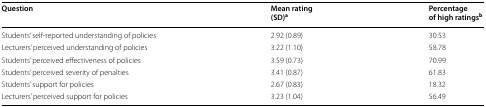
| Question | Mean rating (SD)a | Percentage of high ratingsb |
 | --- | --- | --- |
 | Students’ self-reported understanding of policies | 2.92 (0.89) | 30.53 |
 | Lecturers’ perceived understanding of policies | 3.22 (1.10) | 58.78 |
 | Students’ perceived effectiveness of policies | 3.59 (0.73) | 70.99 |
 | Students’ perceived severity of penalties | 3.41 (0.87) | 61.83 |
 | Students’ support for policies | 2.67 (0.83) | 18.32 |
 | Lecturers’ perceived support for policies | 3.23 (1.04) | 56.49 |